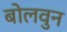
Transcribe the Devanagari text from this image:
बोलवुन